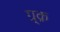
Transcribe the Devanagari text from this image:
ग्र्क़